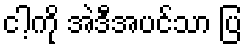
ငါ့ကို အဲဒီအပင်သာ ပြ